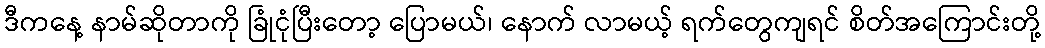
ဒီကနေ့ နာမ်ဆိုတာကို ခြုံငုံပြီးတော့ ပြောမယ်၊ နောက် လာမယ့် ရက်တွေကျရင် စိတ်အကြောင်းတို့